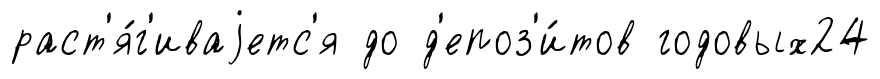
раст'я́г'иваjетс'я до д'епоз'и́тов годовых24